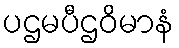
ပဌမပီဌဝိမာနံ